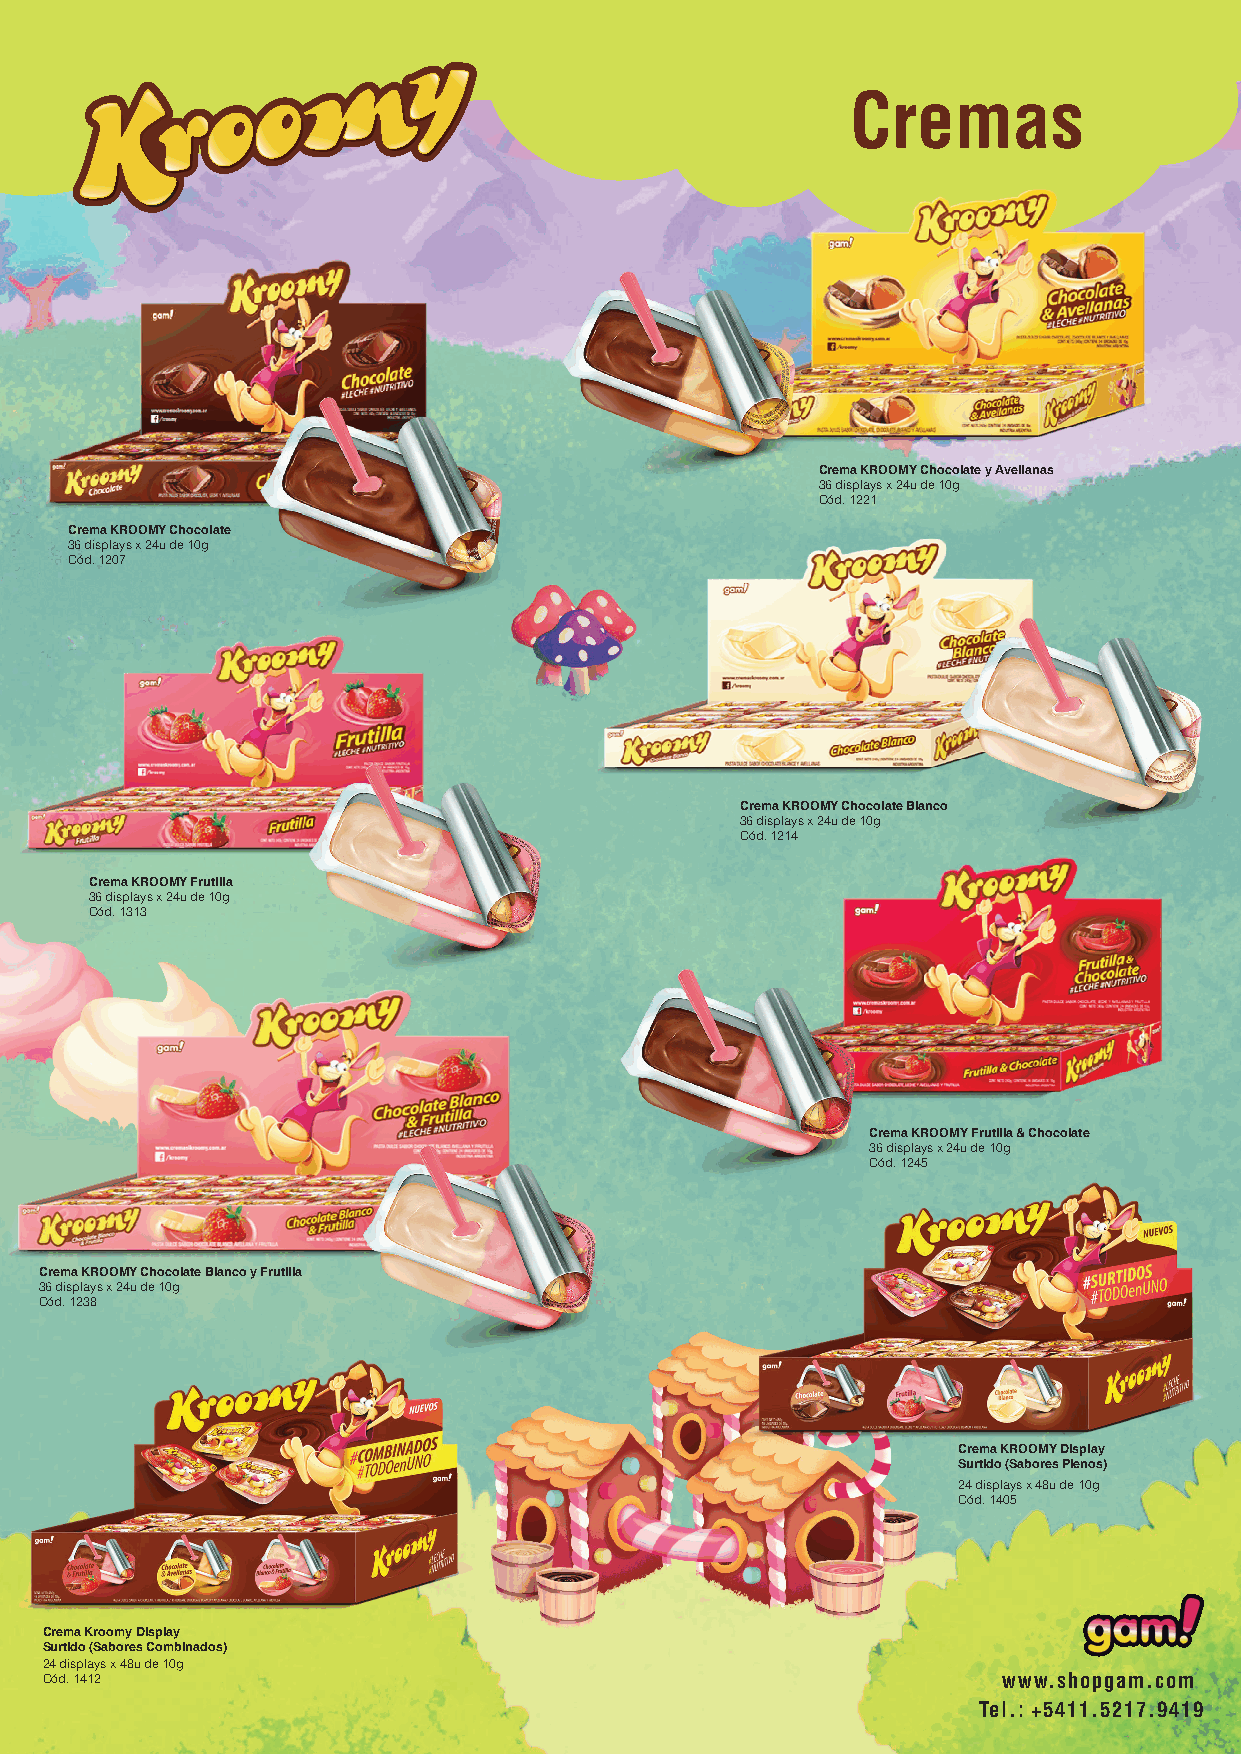
Cremas
 Crema KROOMY Chocolate y Avellanas
 36 displays x 24u de 10g
 Cód. 1221
 Crema KROOMY Chocolate
 36 displays x 24u de 10g
 Cód. 1207
 Crema KROOMY Chocolate Blanco
 36 displays x 24u de 10g
 Cód. 1214
 Crema KROOMY Frutilla
 36 displays x 24u de 10g
 Cód. 1313
 Crema KROOMY Frutilla & Chocolate
 36 displays x 24u de 10g
 Cód. 1245
 Crema KROOMY Chocolate Blanco y Frutilla
 36 displays x 24u de 10g
 Cód. 1238
 Crema KROOMY Display
 Surtido (Sabores Plenos)
 24 displays x 48u de 10g
 Cód. 1405
 Crema Kroomy Display
 Surtido (Sabores Combinados)
 24 displays x 48u de 10g
 Cód. 1412                                                      www.shopgam.com
 Tel.: +5411.5217.941 9